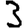
Digit: 3